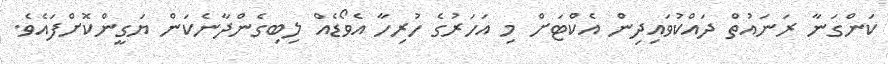
ކަންގަނާ ރަނައުތް ދައްކުވައިދިން އެކްޓަށް މި އަހަރުގެ ހުރިހާ އެވޯޑެއް ލިބިގެންދާނެކަން ޔަގީންކޮށްފައެވެ.